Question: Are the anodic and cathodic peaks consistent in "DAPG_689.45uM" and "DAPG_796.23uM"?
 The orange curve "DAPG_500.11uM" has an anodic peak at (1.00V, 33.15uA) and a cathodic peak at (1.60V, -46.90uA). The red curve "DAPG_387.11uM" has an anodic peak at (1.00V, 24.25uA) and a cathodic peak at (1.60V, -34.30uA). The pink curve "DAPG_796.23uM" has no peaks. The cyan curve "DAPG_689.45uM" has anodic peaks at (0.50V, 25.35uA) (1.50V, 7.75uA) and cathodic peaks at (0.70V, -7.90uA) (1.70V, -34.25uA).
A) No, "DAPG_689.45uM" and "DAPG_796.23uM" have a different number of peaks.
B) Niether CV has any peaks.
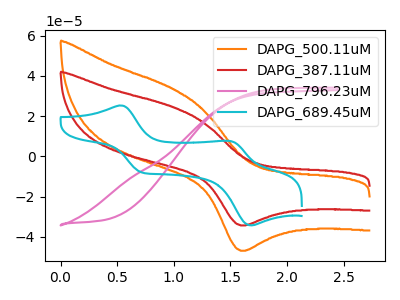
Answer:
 <answer>A) No, "DAPG_689.45uM" and "DAPG_796.23uM" have a different number of peaks.</answer>
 <eval>A</eval>